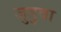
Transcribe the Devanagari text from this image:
जुडुवा